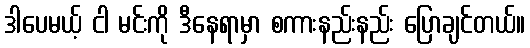
ဒါပေမယ့် ငါ မင်းကို ဒီနေရာမှာ စကားနည်းနည်း ပြောချင်တယ်။